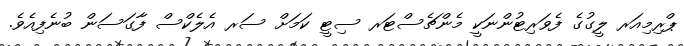
ޕްރިމިއަރ ލީގުގެ ފެވަރިޓުންނަކީ މެންޗެސްޓަރ ސިޓީ ކަމަށް ސަރ އެލެކްސް ފާގަސަން ބުނެފިއެވެ.